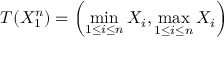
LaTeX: T ( X _ { 1 } ^ { n } ) = \left( \operatorname* { m i n } _ { 1 \leq i \leq n } X _ { i } , \operatorname* { m a x } _ { 1 \leq i \leq n } X _ { i } \right)